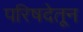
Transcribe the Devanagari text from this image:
परिषदेतून